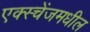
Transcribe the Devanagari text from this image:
एक्स्चेंजमधील